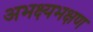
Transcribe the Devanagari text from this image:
अभक्ष्यभक्षण